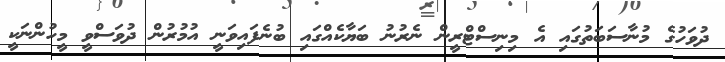
ދުވަހުގެ މުނާސަބަތުގައި އެ މިނިސްޓްރީން ނެރުނު ބަޔާކެއްގައި ބުނެފައިވަނީ އުމުރުން ދުވަސްވީ މީހުންނަކީ